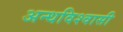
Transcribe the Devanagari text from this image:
अन्धविश्वासी